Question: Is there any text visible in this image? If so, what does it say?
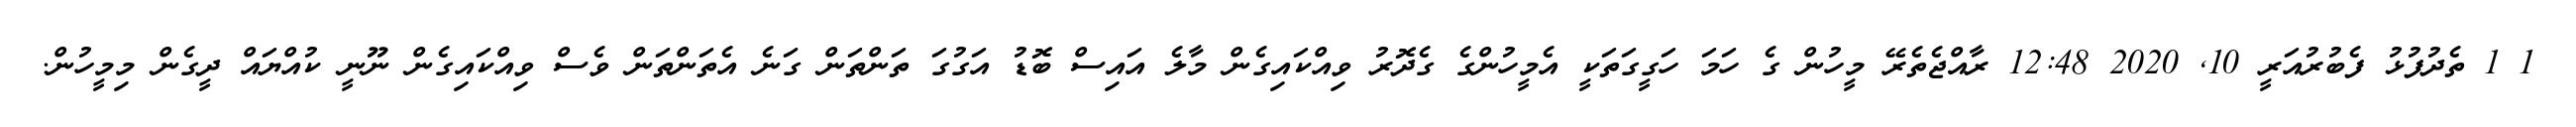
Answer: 1 1 ތެދުފުޅު ފެބުރުއަރީ 10, 2020 12:48 ރާއްޖެތެރޭ މީހުން ގެ ހަމަ ހަގީގަތަކީ އެމީހުންގެ ގެދޮރު ވިއްކައިގެން މާލެ އައިސް ބޮޑު އަގުގަ ތަންތަން ގަނެ އެތަންތަން ވެސް ވިއްކައިގެން ނޫނީ ކުއްޔައް ދީގެން މިމީހުން.